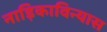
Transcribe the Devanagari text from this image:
नाड़िकाविन्यास